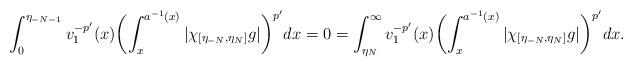
LaTeX: \begin{align*}\int_0^{\eta_{-N-1}}v_1^{-p'}(x)\biggl(\int_x^{a^{-1}(x)}|\chi_{[\eta_{-N},\eta_N]}g|\biggr)^{p'}dx=0=\int_{\eta_{N}}^\infty v_1^{-p'}(x)\biggl(\int_x^{a^{-1}(x)}|\chi_{[\eta_{-N},\eta_N]}g|\biggr)^{p'}dx.\end{align*}